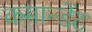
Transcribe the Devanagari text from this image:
कमान्डेंट